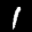
Label: 1